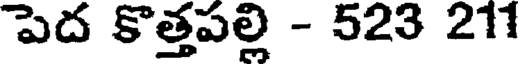
పెద కొత్తపల్లి - 523 211